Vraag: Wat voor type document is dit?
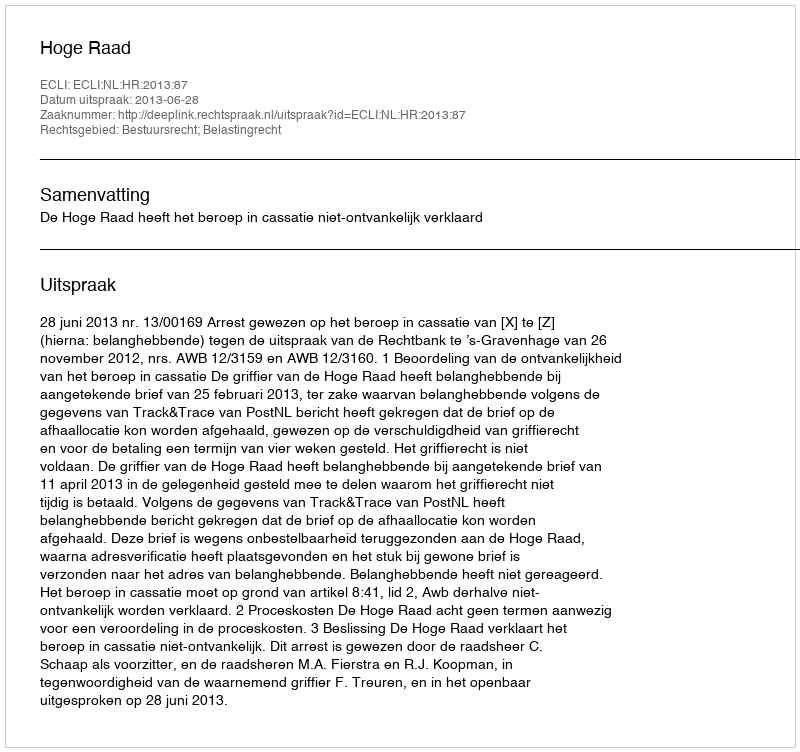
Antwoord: Uitspraak